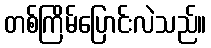
တစ်ကြိမ်ပြောင်းလဲသည်။